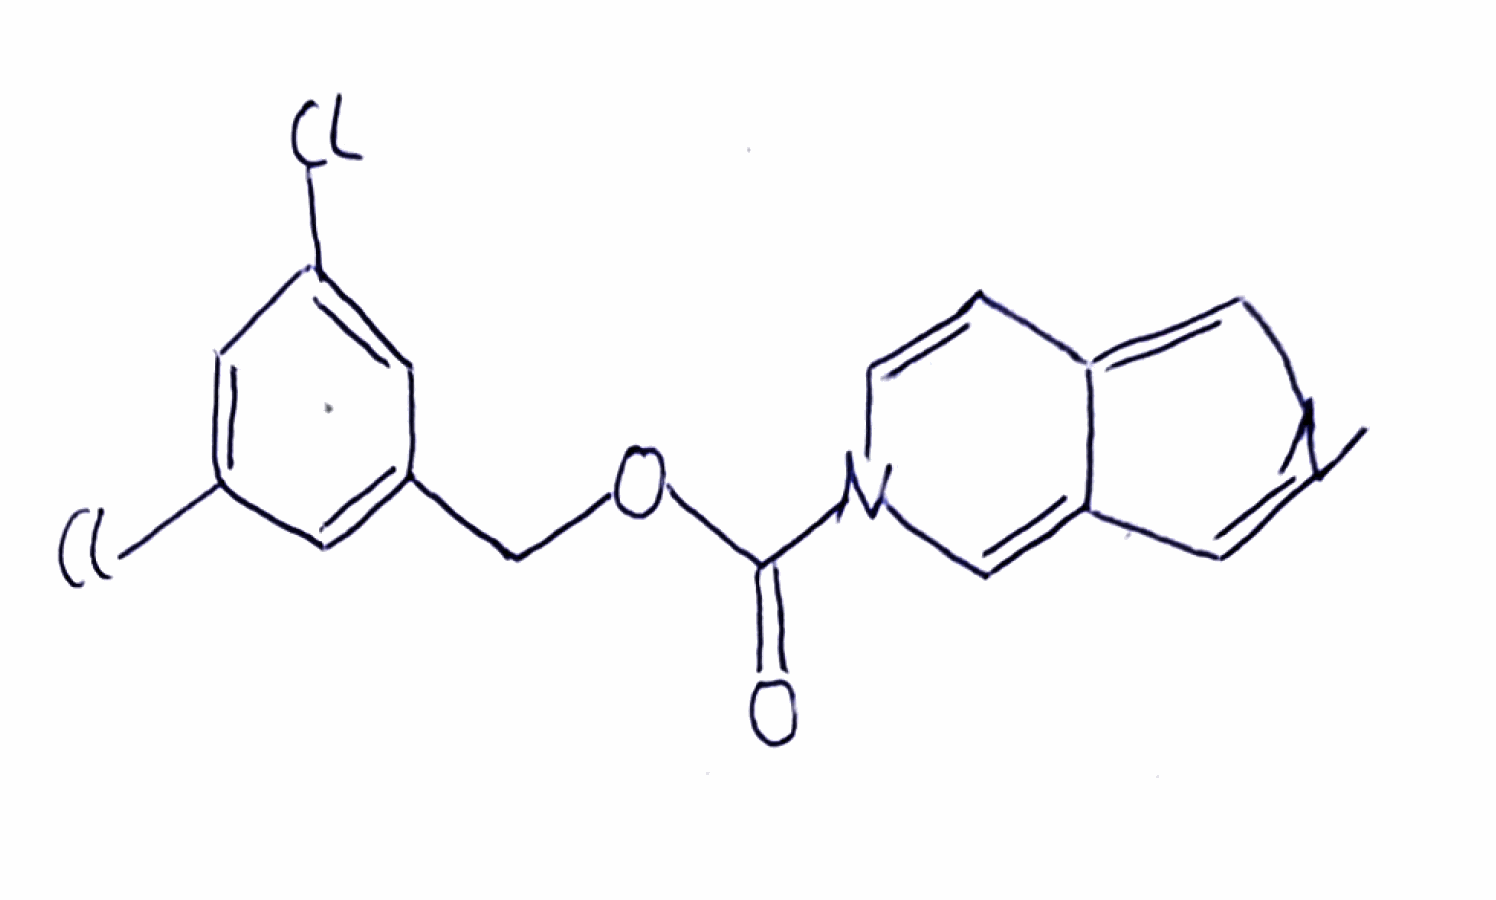
Simplified molecular-input line-entry system (SMILES) notation of the given molecule:
C1=CN(C=C2C1=CN=C2)C(=O)OCC3=CC(=CC(=C3)Cl)Cl